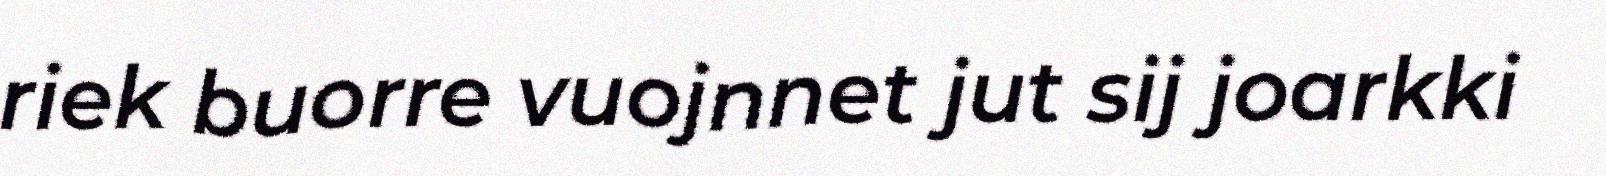
riek buorre vuojnnet jut sij joarkki